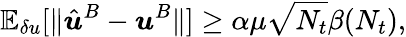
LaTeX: \mathbb{E}_{\delta u}[\| \hat{\boldsymbol{u}}^{B}-\boldsymbol{u}^{B}\| ]\ge\alpha\mu\sqrt{N_{t}}\beta(N_{t}),